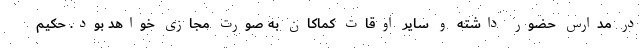
در مدارس حضور داشته و سایر اوقات کماکان به صورت مجازی خواهد بود. حکیم